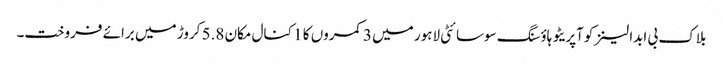
بلاک بی ابدالینزکوآپریٹو ہاؤسنگ سوسائٹی لاہور میں 3 کمروں کا 1 کنال مکان 5.8 کروڑ میں برائے فروخت۔